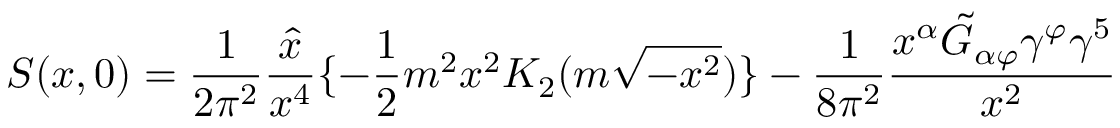
S ( x , 0 ) = { \frac { 1 } { 2 \pi ^ { 2 } } } { \frac { \hat { x } } { x ^ { 4 } } } \{ - { \frac { 1 } { 2 } } m ^ { 2 } x ^ { 2 } K _ { 2 } ( m \sqrt { - x ^ { 2 } } ) \} - { \frac { 1 } { 8 \pi ^ { 2 } } } { \frac { x ^ { \alpha } \tilde { G } _ { \alpha \varphi } \gamma ^ { \varphi } \gamma ^ { 5 } } { x ^ { 2 } } }